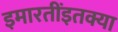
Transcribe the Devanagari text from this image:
इमारतींइतक्या